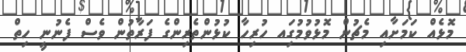
މޮޅެއް ކަމަށާއި މެޗުން މޮޅުވުމުގަިއ ހުރިހާ ކުޅުންތެރިންގެ ފަރާތުން ވެސް ފެނުނީ ހިތް